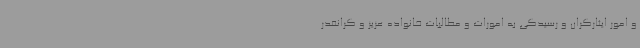
و امور ایثارگران و رسیدگی به امورات و مطالبات خانواده عزیز و گرانقدر